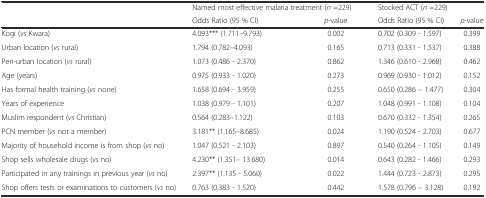
<table><thead><tr><td></td><td colspan="2"><b>Named most effective malaria treatment (<i>n</i> =229)</b></td><td colspan="2"><b>Stocked ACT (<i>n</i> =229)</b></td></tr><tr><td></td><td><b>Odds Ratio (95 % CI)</b></td><td><b><i>p</i>-value</b></td><td><b>Odds Ratio (95 % CI)</b></td><td><b><i>p</i>-value</b></td></tr></thead><tbody><tr><td>Kogi (<i>vs</i> Kwara)</td><td>4.093*** (1.711–9.793)</td><td>0.002</td><td>0.702 (0.309 - 1.597)</td><td>0.399</td></tr><tr><td>Urban location (<i>vs</i> rural)</td><td>1.794 (0.782–4.093)</td><td>0.165</td><td>0.713 (0.331 - 1.537)</td><td>0.388</td></tr><tr><td>Peri-urban location (<i>vs</i> rural)</td><td>1.073 (0.486 - 2.370)</td><td>0.862</td><td>1.346 (0.610 - 2.968)</td><td>0.462</td></tr><tr><td>Age (years)</td><td>0.975 (0.933 - 1.020)</td><td>0.273</td><td>0.969 (0.930 - 1.012)</td><td>0.152</td></tr><tr><td>Has formal health training (<i>vs</i> none)</td><td>1.658 (0.694 - 3.959)</td><td>0.255</td><td>0.650 (0.286 – 1.477)</td><td>0.304</td></tr><tr><td>Years of experience</td><td>1.038 (0.979 - 1.101)</td><td>0.207</td><td>1.048 (0.991 - 1.108)</td><td>0.104</td></tr><tr><td>Muslim respondent (<i>vs</i> Christian)</td><td>0.564 (0.283–1.122)</td><td>0.103</td><td>0.670 (0.332 - 1.354)</td><td>0.265</td></tr><tr><td>PCN member (<i>vs</i> not a member)</td><td>3.181** (1.165–8.685)</td><td>0.024</td><td>1.190 (0.524 - 2.703)</td><td>0.677</td></tr><tr><td>Majority of household income is from shop (<i>vs</i> no)</td><td>1.047 (0.521 - 2.103)</td><td>0.897</td><td>0.540 (0.264 - 1.105)</td><td>0.149</td></tr><tr><td>Shop sells wholesale drugs (<i>vs</i> no)</td><td>4.230** (1.351– 13.680)</td><td>0.014</td><td>0.643 (0.282 - 1.466)</td><td>0.293</td></tr><tr><td>Participated in any trainings in previous year (<i>vs</i> no)</td><td>2.397** (1.135 - 5.060)</td><td>0.022</td><td>1.444 (0.723 - 2.873)</td><td>0.295</td></tr><tr><td>Shop offers tests or examinations to customers (<i>vs</i> no)</td><td>0.763 (0.383 - 1.520)</td><td>0.442</td><td>1.578 (0.796 – 3.128)</td><td>0.192</td></tr></tbody></table>